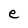
Character: e